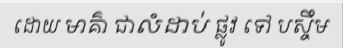
ដោយ មាគ៌ា ជាលំដាប់ ផ្លូវ ទៅ បស្ចឹម